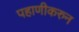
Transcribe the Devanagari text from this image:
पहाणीकरुन